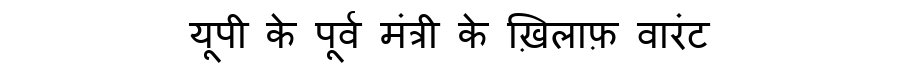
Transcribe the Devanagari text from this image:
यूपी के पूर्व मंत्री के ख़िलाफ़ वारंट